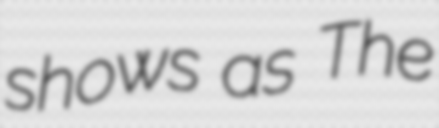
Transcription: shows as The